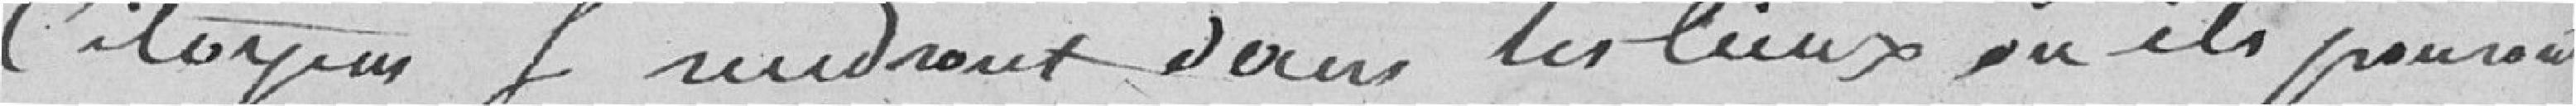
citoyens se rendant dans les lieux où ils pourraient